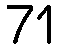
71